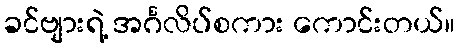
ခင်ဗျားရဲ့ အင်္ဂလိပ်စကား ကောင်းတယ်။